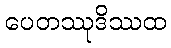
ပေတဿုဒိဿထ